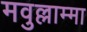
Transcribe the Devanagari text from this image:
मवुल्लाम्मा